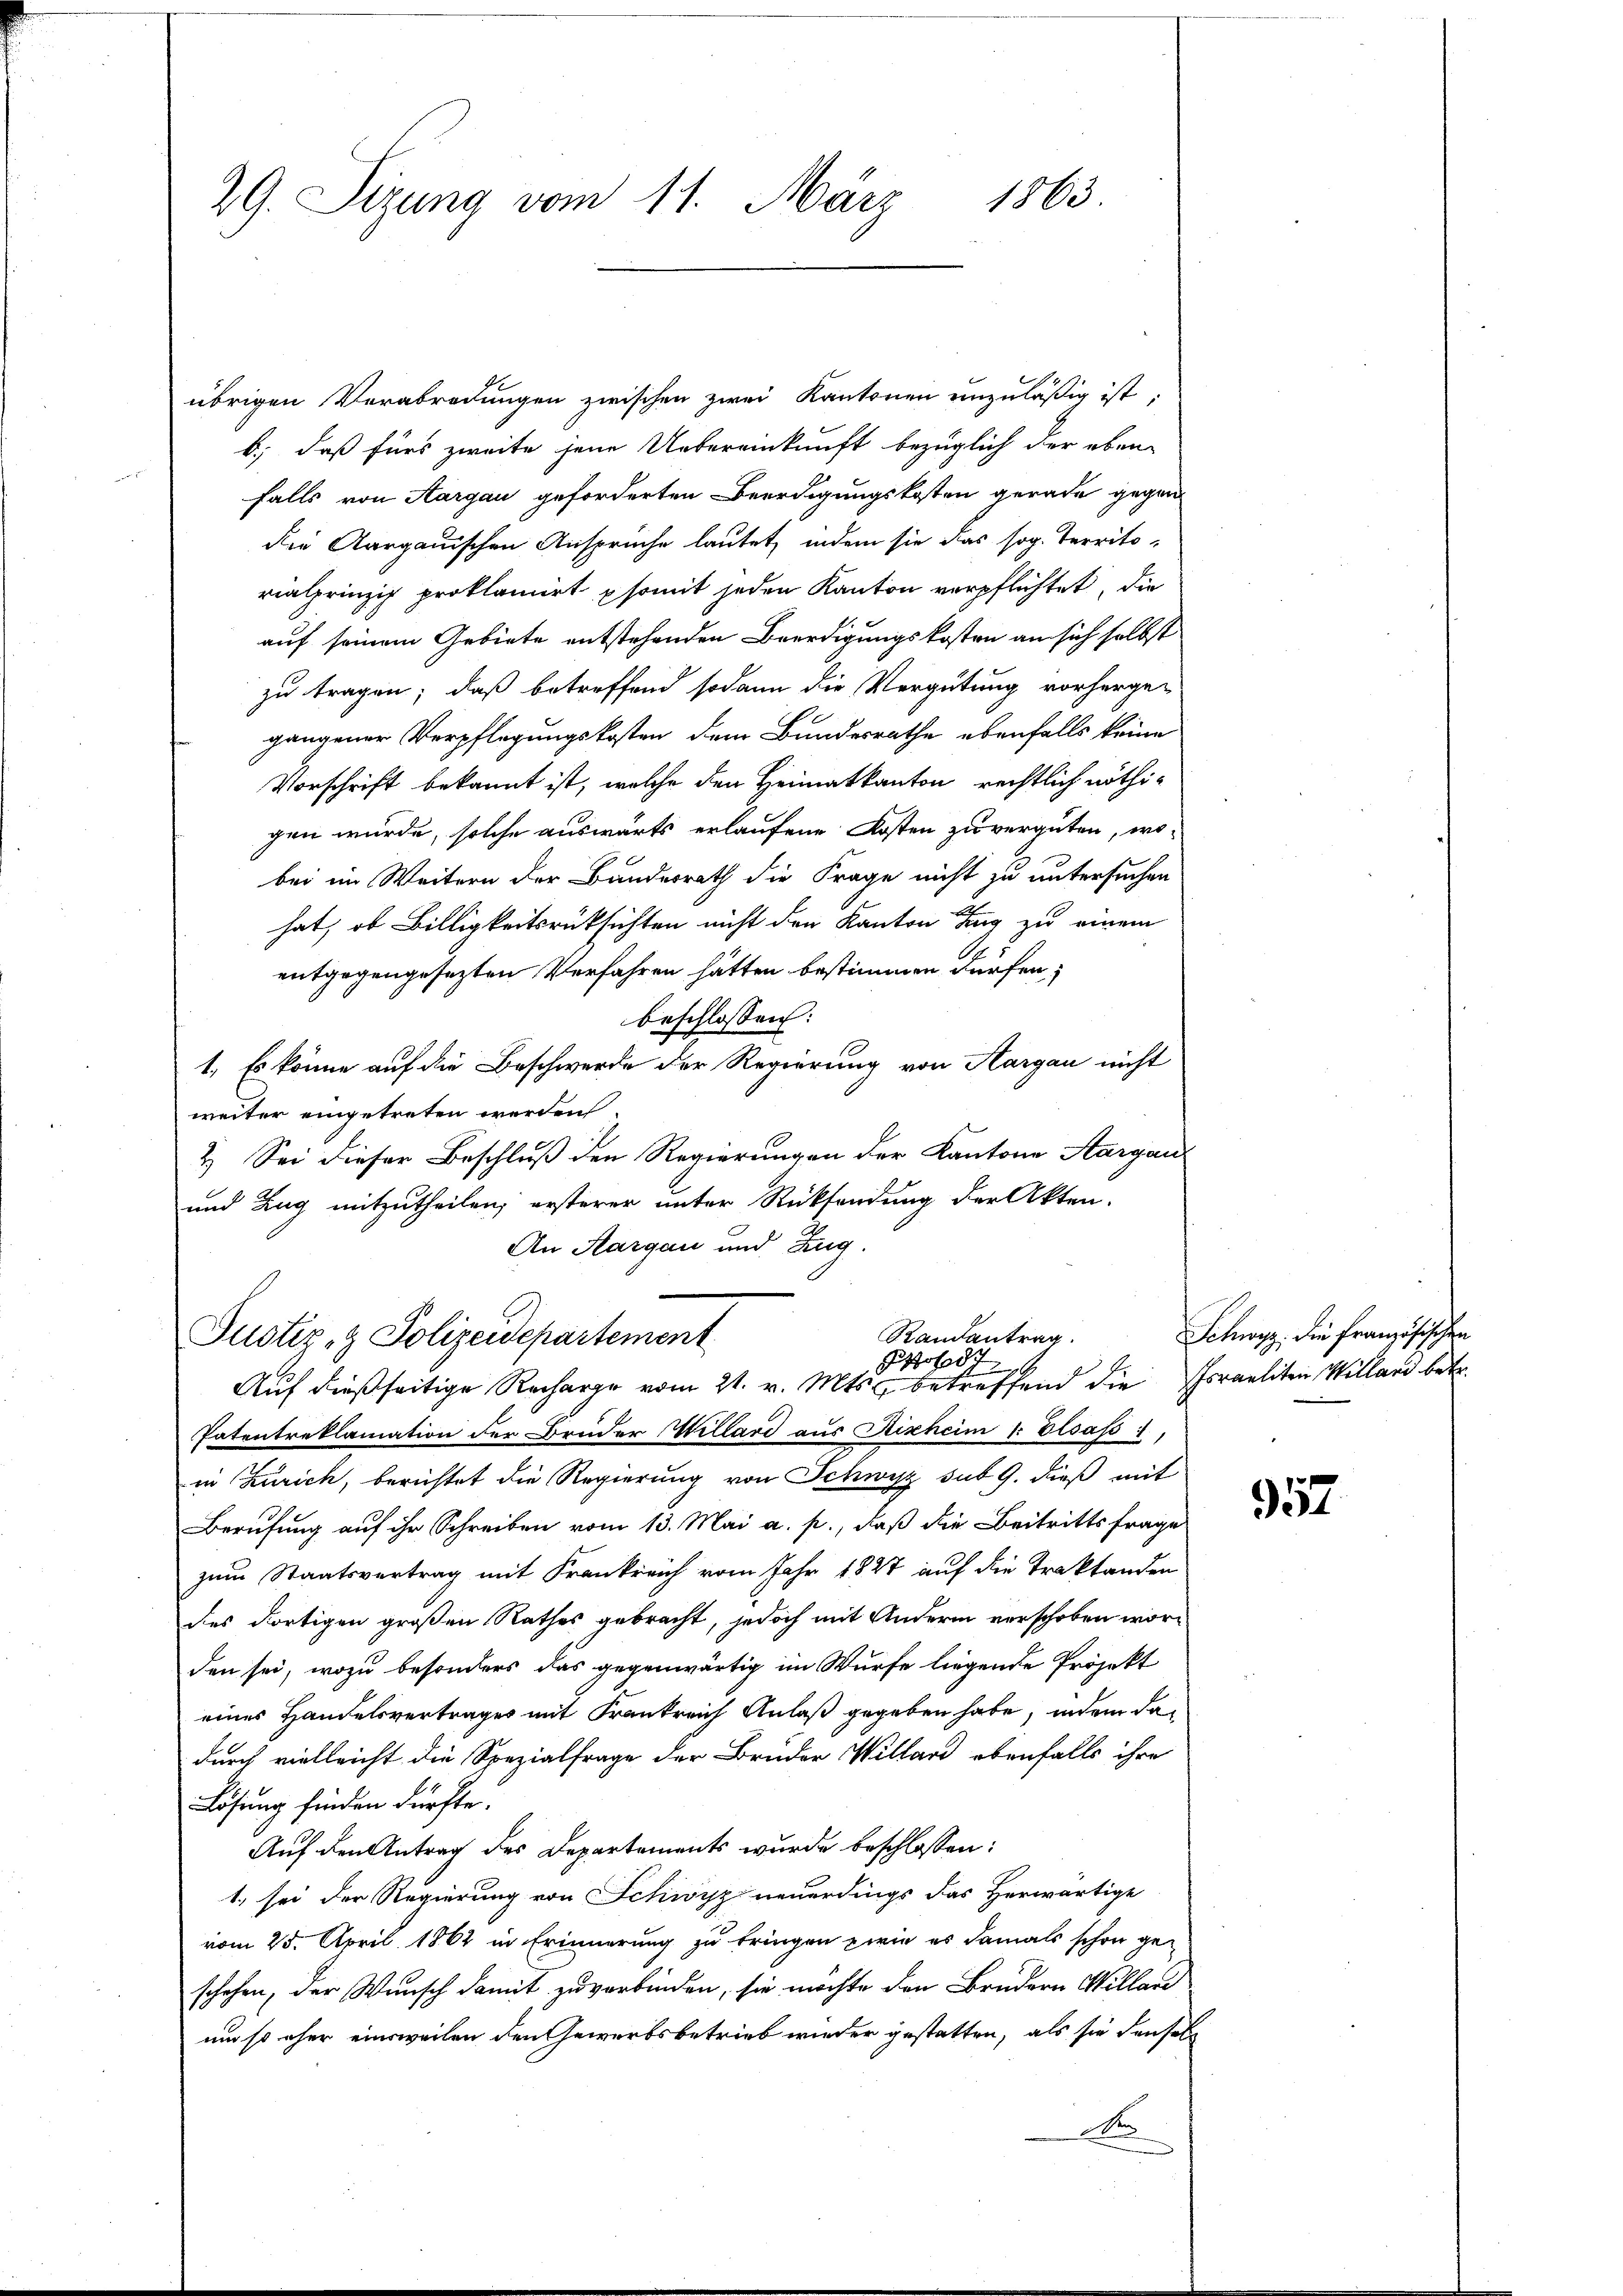
29. Sizung vom 11. März 1863.

übrigen Verabredungen zwischen zwei Kantonen unzuläßig ist,
b; daß fürs zweite jene Uebereinkunft bezüglich der eben-
falls von Aargau geforderten Beerdigungskosten gerade gegen
die Aargauischen Anspruche lautet, indem sie das sog. Territo-
rialprinzig proklamirt psomit jeden Kanton verpflichtet, die
auf seinem Gebiete entstehenden Beerdigungskosten an sich selbst
zu tragen; daß betreffend sodann die Vergütung vorhergegangener Verpflegungskosten dem Bundesrathe ebenfalls keine
Vorschrift bekannt ist, welche den Heimatkanton rechtlich nöthigen wurde, solche auswärts erlaufene Kosten zu vergüten, wo-
bei im Weitern der Bundesrath die Frage nicht zu untersuchen
hat, ob Billigkeitsrüksichten nicht den Kanton Tag zu einem
entgegengesezten Verfahren hätten bestimmen dürfen;
beschlossen:
1. Es könne auf die Beschwerde der Regierung von Aargau nicht
weiter eingetreten werden.
2.) Sei dieser Beschluß den Regierungen der Kantone Aargau
und Zug mitzutheilen, ersterer unter Rücksendung der Akten.
An Aargau und Zug.
Randantrag.
Justiz- & Polizeidepartement
Pol
Auf dießseitige Recharge vom 21. v. Mts. betreffend die Israeliten Willard betr.
Patentreklamation der Bruder Wellard aus Aisheim Elsaß 1.,
in Zürich, berichtet die Regierung von Schwyz sub 9. dieß mit
Berufung auf ihr Schreiben vom 13. Mai a. p., daß die Beitrittsfrage
zum Staatsvertrag mit Krankreich vom Jahr 1827 auf die Traktanden
des dortigen großen Rathes gebracht, jedoch mit Andern verschoben worden sei, wozu besonders das gegenwärtig im Wurfe liegende Projekt
eines Handelsvertrages mit Frankreich Anlaß gegeben habe, indem das
durch vielleicht die Spezialfrage der Bruder Willard ebenfalls ihre
Lösung finden dürfte.
Auf den Antrag des Departements wurde beschlossen:
1. sei der Regierung von Schwyz neuerdings das Herwärtige
vom 25. April 1862 in Erinnerung zu bringen wie es damals schon ge-
schehen, der Wunsch damit zu verbinden, sie möchte den Brudern Wellari
um so eher einsweilen den Gewerbsbetrieb wieder gestatten, als sie denselb
Ner

Schwyz, die französischen

357